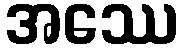
အဿေ